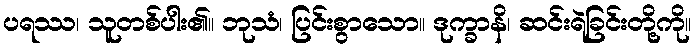
ပရဿ၊ သူတစ်ပါး၏။ ဘုသံ၊ ပြင်းစွာသော။ ဒုက္ခာနိ၊ ဆင်းရဲခြင်းတို့ကို။